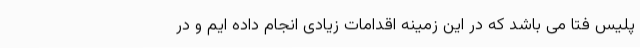
پلیس فتا می باشد که در این زمینه اقدامات زیادی انجام داده ایم و در